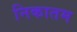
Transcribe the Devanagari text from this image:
निकातम